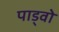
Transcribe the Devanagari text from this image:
पाड्वो